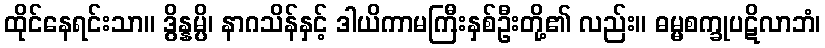
ထိုင်နေရင်းသာ။ ဒွိန္နမ္ပိ၊ နာဂသိန်နှင့် ဒါယိကာမကြီးနှစ်ဦးတို့၏ လည်း။ ဓမ္မစက္ခုပဋိလာဘံ၊